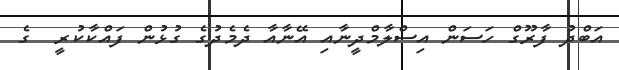
އަބްދު ފާރޫގް ހަސަން އިސްލާމްދީނާއި އޭނާއާ ދެމެދުގެ ގުޅުން ފައްކާކުރީ  ގެ